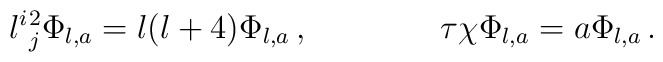
l^i{}^2_j\Phi_{l,a}=l(l+4)\Phi_{l,a}\,,\qquad\qquad\tau\chi \Phi_{l,a}=a\Phi_{l,a}\,.